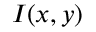
I ( x , y )